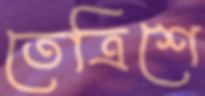
তেত্রিশে